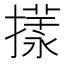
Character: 𢵎